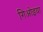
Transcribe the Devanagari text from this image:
गिओइया